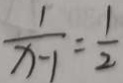
\frac { 1 } { x - 1 } = \frac { 1 } { 2 }